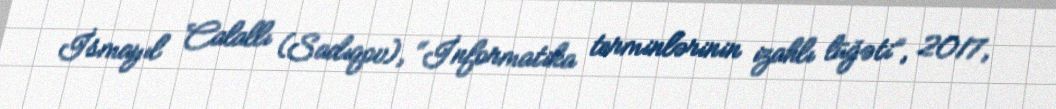
İsmayıl Calallı (Sadıqov), “İnformatika terminlərinin izahlı lüğəti”, 2017,